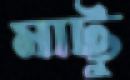
মাট্টু